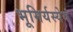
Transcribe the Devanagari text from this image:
भूमिर्यस्येयं